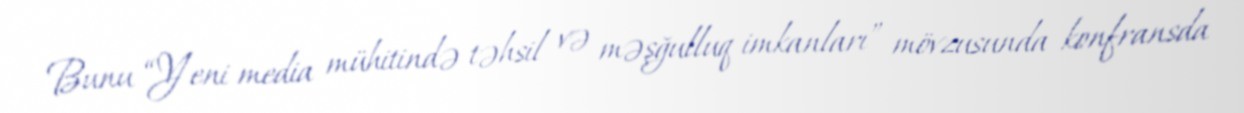
Bunu “Yeni media mühitində təhsil və məşğulluq imkanları” mövzusunda konfransda